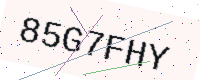
Text: 85G7FHY